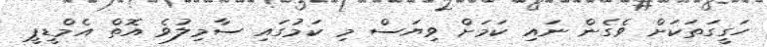
ހަގީގަތަކަށް ވެގެން ނައި ކަމަށް ވިޔަސް މި ކަމުގައި ސާމިލުވެ އޮތް އެމްޑީޕީ